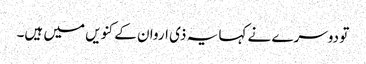
تو دوسرے نے کہا یہ ذی اروان کے کنویں میں ہیں۔